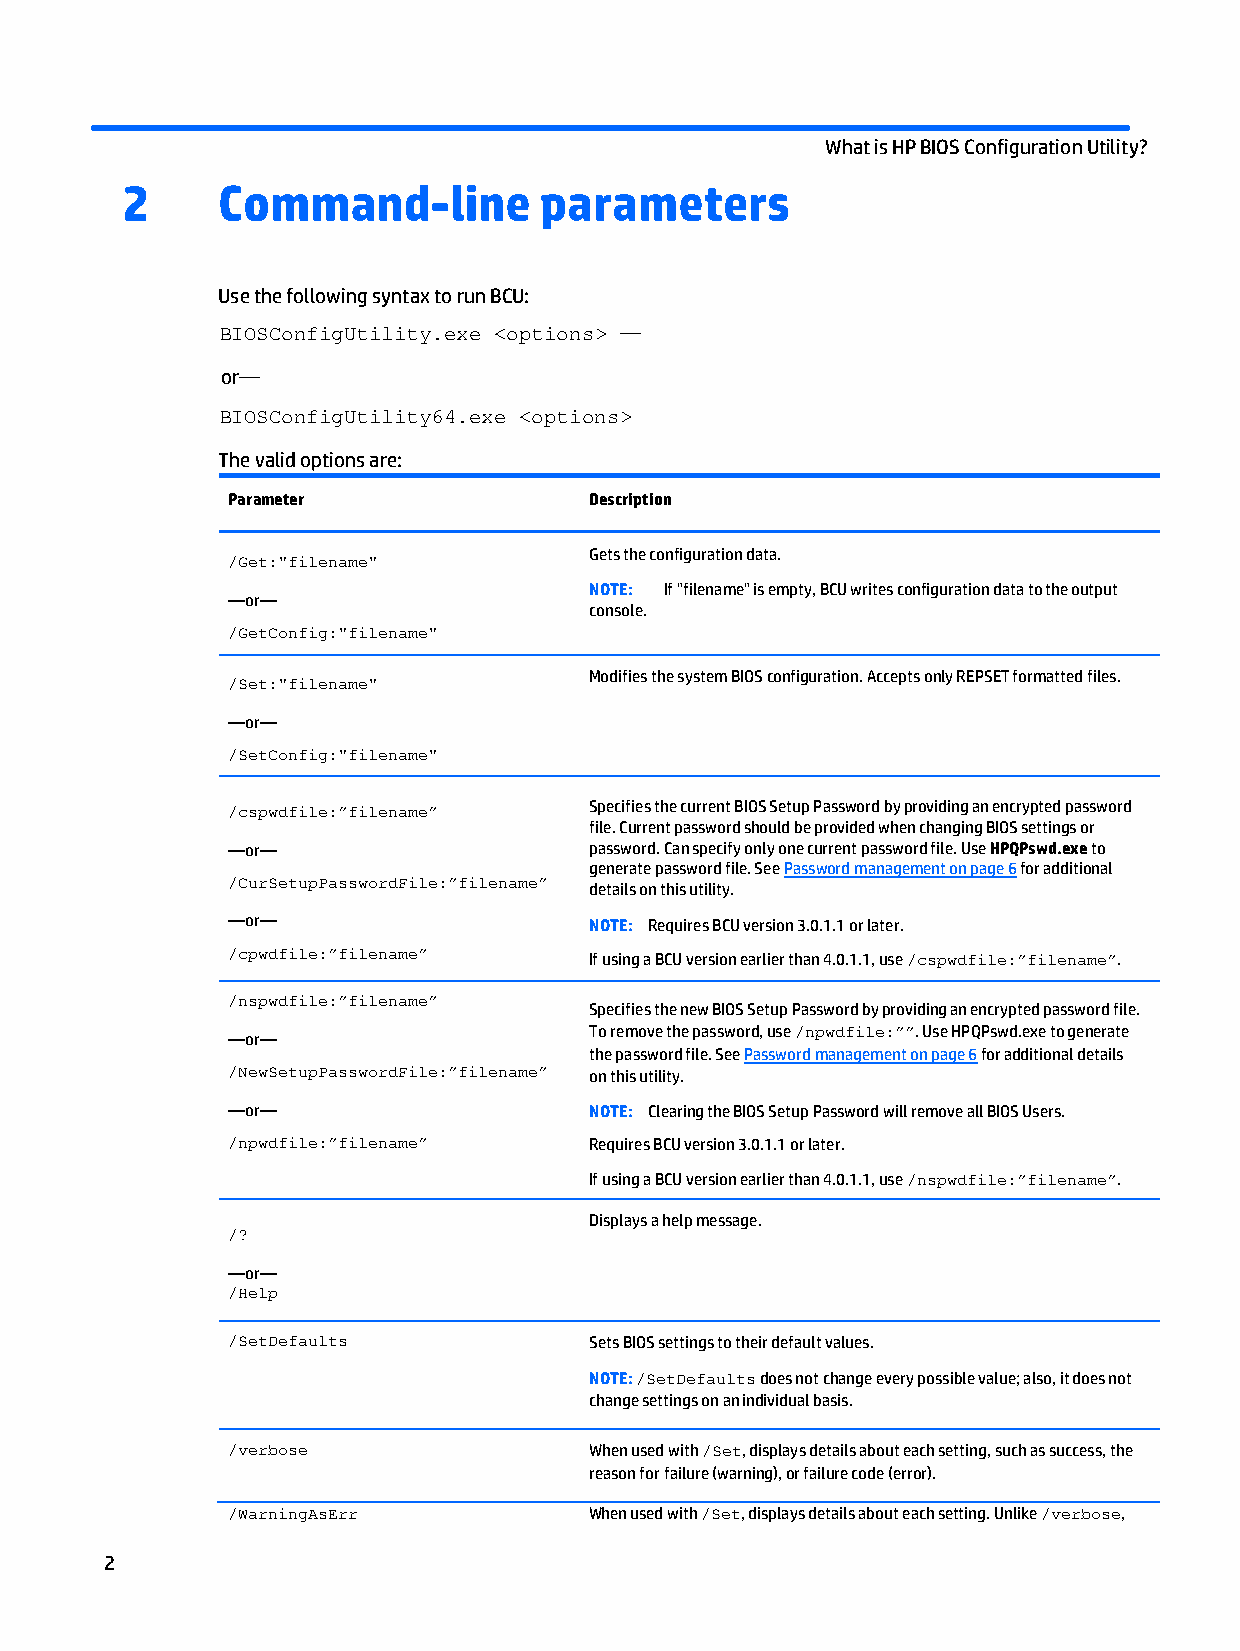
What is HP BIOS Configuration Utility?
 2     Command-line          parameters
 Use the following syntax to run BCU:
 BIOSConfigUtility.exe <options> —
 or—
 BIOSConfigUtility64.exe <options>
 The valid options are:
 Parameter               Description
 /Get:"filename"
 Gets the configuration data.
 NOTE: If "filename" is empty, BCU writes configuration data to the output
 —or—
 console.
 /GetConfig:"filename"
 /Set:"filename"
 Modifies the system BIOS configuration. Accepts only REPSET formatted files.
 —or—
 /SetConfig:"filename"
 /cspwdfile:”filename”   Specifies the current BIOS Setup Password by providing an encrypted password
 file. Current password should be provided when changing BIOS settings or
 —or—                    password. Can specify only one current password file. Use HPQPswd.exe to
 generate password file. See Password management on page 6 for additional
 /CurSetupPasswordFile:”filename”
 details on this utility.
 —or—                    NOTE: Requires BCU version 3.0.1.1 or later.
 /cpwdfile:”filename”
 If using a BCU version earlier than 4.0.1.1, use /cspwdfile:”filename”.
 /nspwdfile:”filename”
 Specifies the new BIOS Setup Password by providing an encrypted password file.
 —or—
 To remove the password, use /npwdfile:””. Use HPQPswd.exe to generate
 the password file. See Password management on page 6 for additional details
 /NewSetupPasswordFile:”filename” on this utility.
 —or—                    NOTE: Clearing the BIOS Setup Password will remove all BIOS Users.
 /npwdfile:”filename”    Requires BCU version 3.0.1.1 or later.
 If using a BCU version earlier than 4.0.1.1, use /nspwdfile:”filename”.
 Displays a help message.
 /?
 —or—
 /Help
 /SetDefaults            Sets BIOS settings to their default values.
 NOTE: /SetDefaults does not change every possible value; also, it does not
 change settings on an individual basis.
 /verbose                When used with /Set, displays details about each setting, such as success, the
 reason for failure (warning), or failure code (error).
 /WarningAsErr           When used with /Set, displays details about each setting. Unlike /verbose,
 2